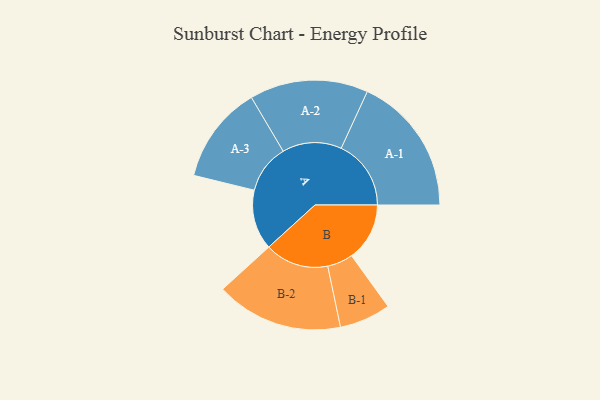
{"axis": {"x": "Segment", "y": "Value"}, "legend": ["", "A", "B"], "data": [{"x": "A", "y": 243, "type": ""}, {"x": "B", "y": 235, "type": ""}, {"x": "A-1", "y": 283, "type": "A"}, {"x": "A-2", "y": 240, "type": "A"}, {"x": "A-3", "y": 198, "type": "A"}, {"x": "B-1", "y": 104, "type": "B"}, {"x": "B-2", "y": 258, "type": "B"}]}